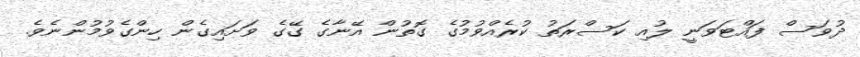
ދުވަސް ފައްޓަވަނީ ލުއި ކަސްރަތު ކުރެއްވުމުގެ ގޮތުން އޭނާގެ ގޭގެ ވަށައިގެން ހިންގެވުމުންނެވެ.